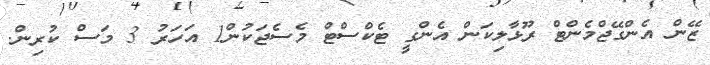
ޒޭން އެންގޭޖްމެންޓް ރޫޅާލިކަން އެންގީ ޓެކްސްޓް މެސެޖަކުން1 އަހަރު 3 މަސް ކުރިން.